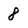
Character: 8